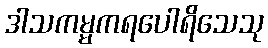
ဒါသကမ္မကရပေါရိသေသု